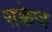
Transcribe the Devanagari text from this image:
सक्केज